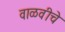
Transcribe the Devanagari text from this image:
वाळवीचे